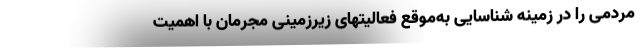
مردمی را در زمینه شناسایی به‌موقع فعالیتهای زیرزمینی مجرمان با اهمیت